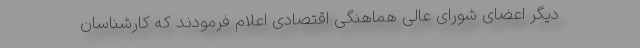
دیگر اعضای شورای عالی هماهنگی اقتصادی اعلام فرمودند که کارشناسانِ